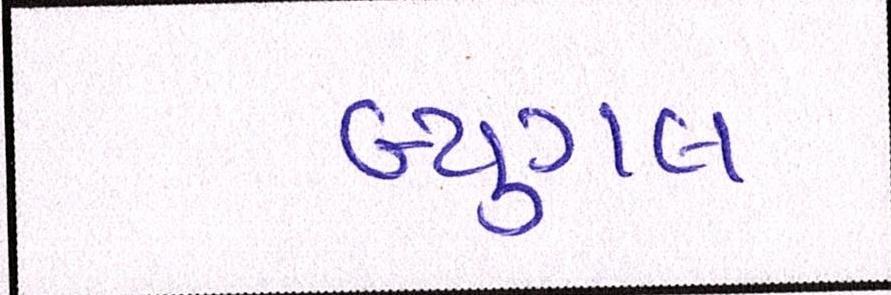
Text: બ્યુગલ